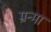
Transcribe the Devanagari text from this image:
म्रन्मा